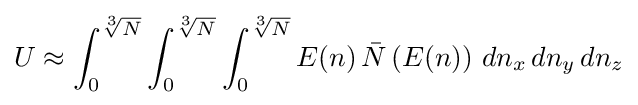
U\approx \int _{0}^{\sqrt[{3}]{N}}\int _{0}^{\sqrt[{3}]{N}}\int _{0}^{\sqrt[{3}]{N}}E(n)\,{\bar {N}}\left(E(n)\right)\,dn_{x}\,dn_{y}\,dn_{z}